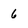
Character: 6